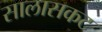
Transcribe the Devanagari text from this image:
सालासकट